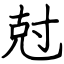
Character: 尅